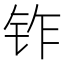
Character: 𬬽